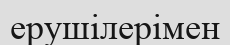
ерушілерімен